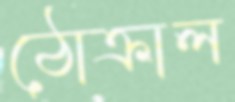
ঠোক্‌রাল